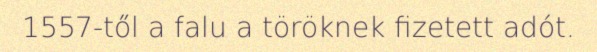
1557-től a falu a töröknek fizetett adót.